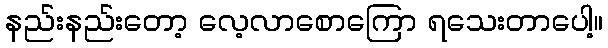
နည်းနည်းတော့ လေ့လာစောကြော ရသေးတာပေါ့။